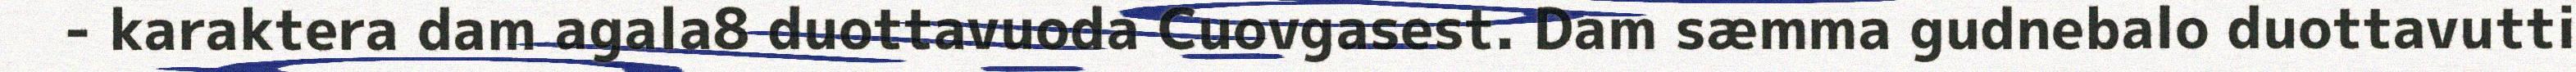
- karaktera dam agala8 duottavuoda Cuovgasest. Dam sæmma gudnebalo duottavutti